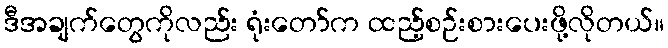
ဒီအချက်တွေကိုလည်း ရုံးတော်က ထည့်စဉ်းစားပေးဖို့လိုတယ်။